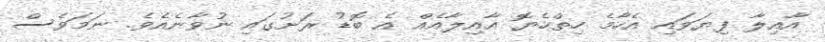
އާއިލާ ފިޔަވައި އެހާމެ ހިތްހެޔޮ އާއިލާއެއް އެ ބޮޑު ރަށުގައި ނުވާނެއެވެ. ނަމަވެސް